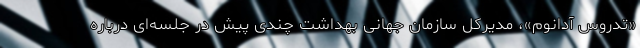
«تدروس آدانوم»، مدیرکل سازمان جهانی بهداشت چندی پیش در جلسه‌ای درباره